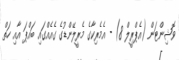
ވޮޝިންޓަން (އެޕްރީލް 8) - އެމެރިކާގެ މެރީލޭންޑުގެ ގެއެއްގައި ބައްޕަ އާއި ހަތް